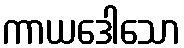
ကာယဒေါသော